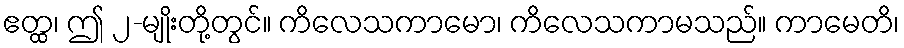
ဧတ္ထ၊ ဤ ၂-မျိုးတို့တွင်။ ကိလေသကာမော၊ ကိလေသကာမသည်။ ကာမေတိ၊